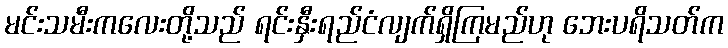
မင်းသမီးကလေးတို့သည် ရင်းနှီးရည်ငံလျက်ရှိကြမည်ဟု ဘေးပရိသတ်က